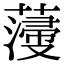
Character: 薓